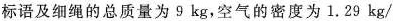
标语及细绳的总质量为9kg，空气的密度为1.29kg/